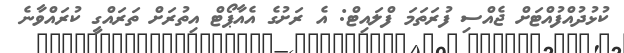
ކުޅުދުއްފުއްޓަށް ޖެއްސި ފުރަތަމަ ފްލައިޓް: އެ ރަށުގެ އެއާޕޯޓް އިތުރަށް ތަރައްގީ ކުރައްވާނެ